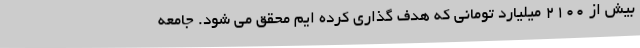
بیش از 2100 میلیارد تومانی که هدف گذاری کرده ایم محقق می شود. جامعه